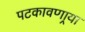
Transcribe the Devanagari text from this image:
पटकावणार्‍या